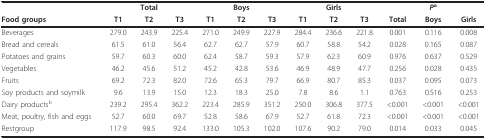
<table><thead><tr><td></td><td colspan="3"><b>Total</b></td><td colspan="3"><b>Boys</b></td><td colspan="3"><b>Girls</b></td><td colspan="3"><b><i>P</i><sup>a</sup></b></td></tr><tr><td><b>Food groups</b></td><td><b>T1</b></td><td><b>T2</b></td><td><b>T3</b></td><td><b>T1</b></td><td><b>T2</b></td><td><b>T3</b></td><td><b>T1</b></td><td><b>T2</b></td><td><b>T3</b></td><td><b>Total</b></td><td><b>Boys</b></td><td><b>Girls</b></td></tr></thead><tbody><tr><td>Beverages</td><td>279.0</td><td>243.9</td><td>225.4</td><td>271.0</td><td>249.9</td><td>227.9</td><td>284.4</td><td>236.6</td><td>221.8</td><td>0.001</td><td>0.116</td><td>0.008</td></tr><tr><td>Bread and cereals</td><td>61.5</td><td>61.0</td><td>56.4</td><td>62.7</td><td>62.7</td><td>57.9</td><td>60.7</td><td>58.8</td><td>54.2</td><td>0.028</td><td>0.165</td><td>0.087</td></tr><tr><td>Potatoes and grains</td><td>59.7</td><td>60.3</td><td>60.0</td><td>62.4</td><td>58.7</td><td>59.3</td><td>57.9</td><td>62.3</td><td>60.9</td><td>0.976</td><td>0.637</td><td>0.529</td></tr><tr><td>Vegetables</td><td>46.2</td><td>45.6</td><td>51.2</td><td>45.2</td><td>42.8</td><td>53.6</td><td>46.9</td><td>48.9</td><td>47.7</td><td>0.256</td><td>0.028</td><td>0.435</td></tr><tr><td>Fruits</td><td>69.2</td><td>72.3</td><td>82.0</td><td>72.6</td><td>65.3</td><td>79.7</td><td>66.9</td><td>80.7</td><td>85.3</td><td>0.037</td><td>0.095</td><td>0.073</td></tr><tr><td>Soy products and soymilk</td><td>9.6</td><td>13.9</td><td>15.0</td><td>12.3</td><td>18.3</td><td>25.0</td><td>7.8</td><td>8.6</td><td>1.1</td><td>0.763</td><td>0.516</td><td>0.253</td></tr><tr><td>Dairy products<sup>b</sup></td><td>239.2</td><td>295.4</td><td>362.2</td><td>223.4</td><td>285.9</td><td>351.2</td><td>250.0</td><td>306.8</td><td>377.5</td><td>&lt;0.001</td><td>&lt;0.001</td><td>&lt;0.001</td></tr><tr><td>Meat, poultry, fish and eggs</td><td>52.7</td><td>60.0</td><td>69.7</td><td>52.8</td><td>58.6</td><td>67.9</td><td>52.7</td><td>61.8</td><td>72.3</td><td>&lt;0.001</td><td>&lt;0.001</td><td>&lt;0.001</td></tr><tr><td>Restgroup</td><td>117.9</td><td>98.5</td><td>92.4</td><td>133.0</td><td>105.3</td><td>102.0</td><td>107.6</td><td>90.2</td><td>79.0</td><td>0.014</td><td>0.033</td><td>0.045</td></tr></tbody></table>